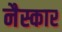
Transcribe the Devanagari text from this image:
नैस्कार